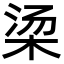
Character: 𬂱